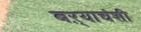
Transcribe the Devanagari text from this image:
बऱ्याचंशी